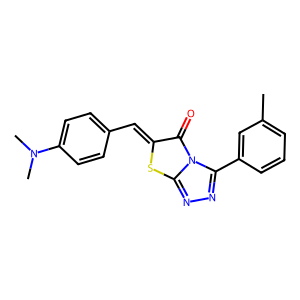
SMILES: Cc1cccc(-c2nnc3sc(=Cc4ccc(N(C)C)cc4)c(=O)n23)c1
Inhibits HIV replication: No